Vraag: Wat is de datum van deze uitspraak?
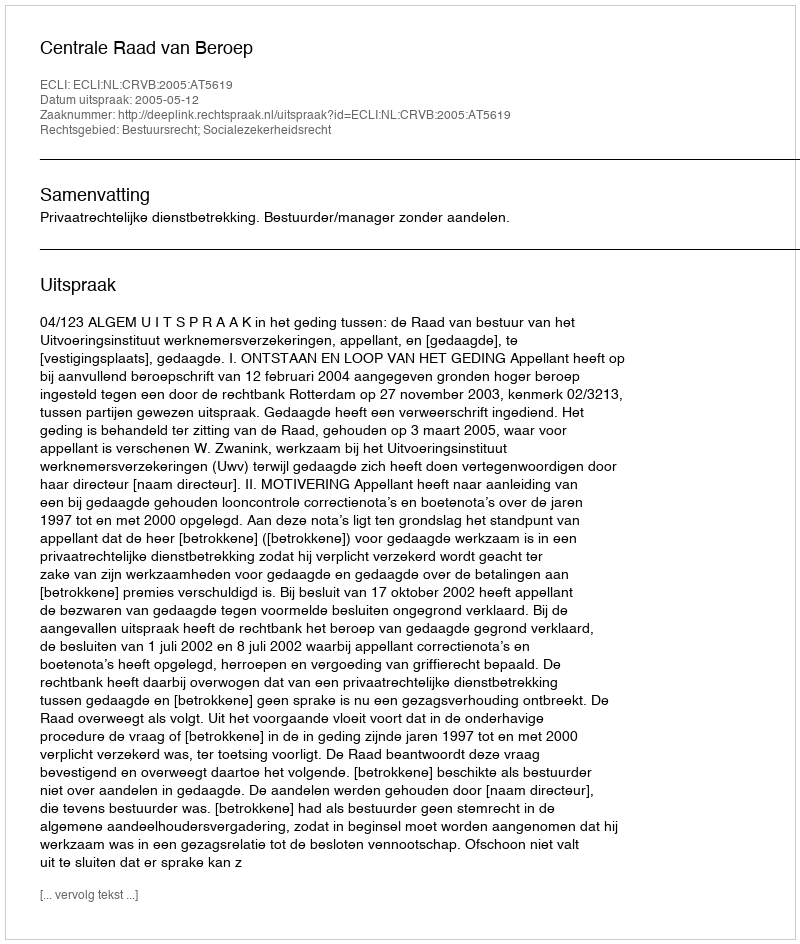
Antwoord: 2005-05-12